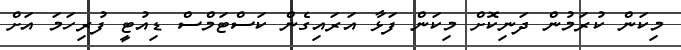
މިކަން ކުރަމުން ދަނިކޮށް މިކަން ފަޅާ އަރައިގެން ކަސްޓަމްސް ޑިއުޓީ ފުރިހަމަ އަށް